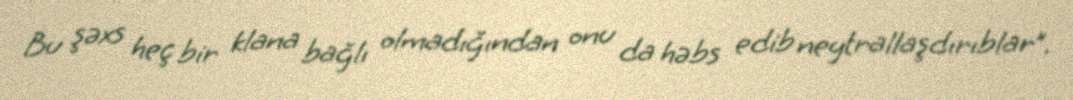
Bu şəxs heç bir klana bağlı olmadığından onu da həbs edib neytrallaşdırıblar”.